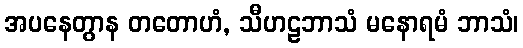
အပနေတွာန တတောဟံ, သီဟဠဘာသံ မနောရမံ ဘာသံ၊